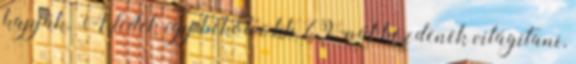
kapják. A ledek így bekötve kb 7V-nál kezdenek világítani,